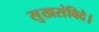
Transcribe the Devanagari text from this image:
सुखसंविदे।